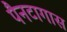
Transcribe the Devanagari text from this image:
पैनटागास